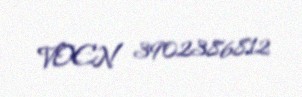
VOEN 3902386812